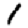
Digit: 1